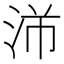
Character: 𬇣